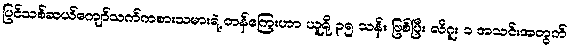
ပြင်သစ်ဆယ်ကျော်သက်ကစားသမားရဲ့ တန်ကြေးဟာ ယူရို ၃၅ သန်း ဖြစ်ပြီး လီဂူး ၁ အသင်းအတွက်